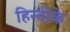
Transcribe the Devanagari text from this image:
हिन्दीके